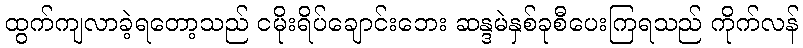
ထွက်ကျလာခဲ့ရတော့သည် ငမိုးရိပ်ချောင်းဘေး ဆန္ဒမဲနှစ်ခုစီပေးကြရသည် ကိုက်လန်